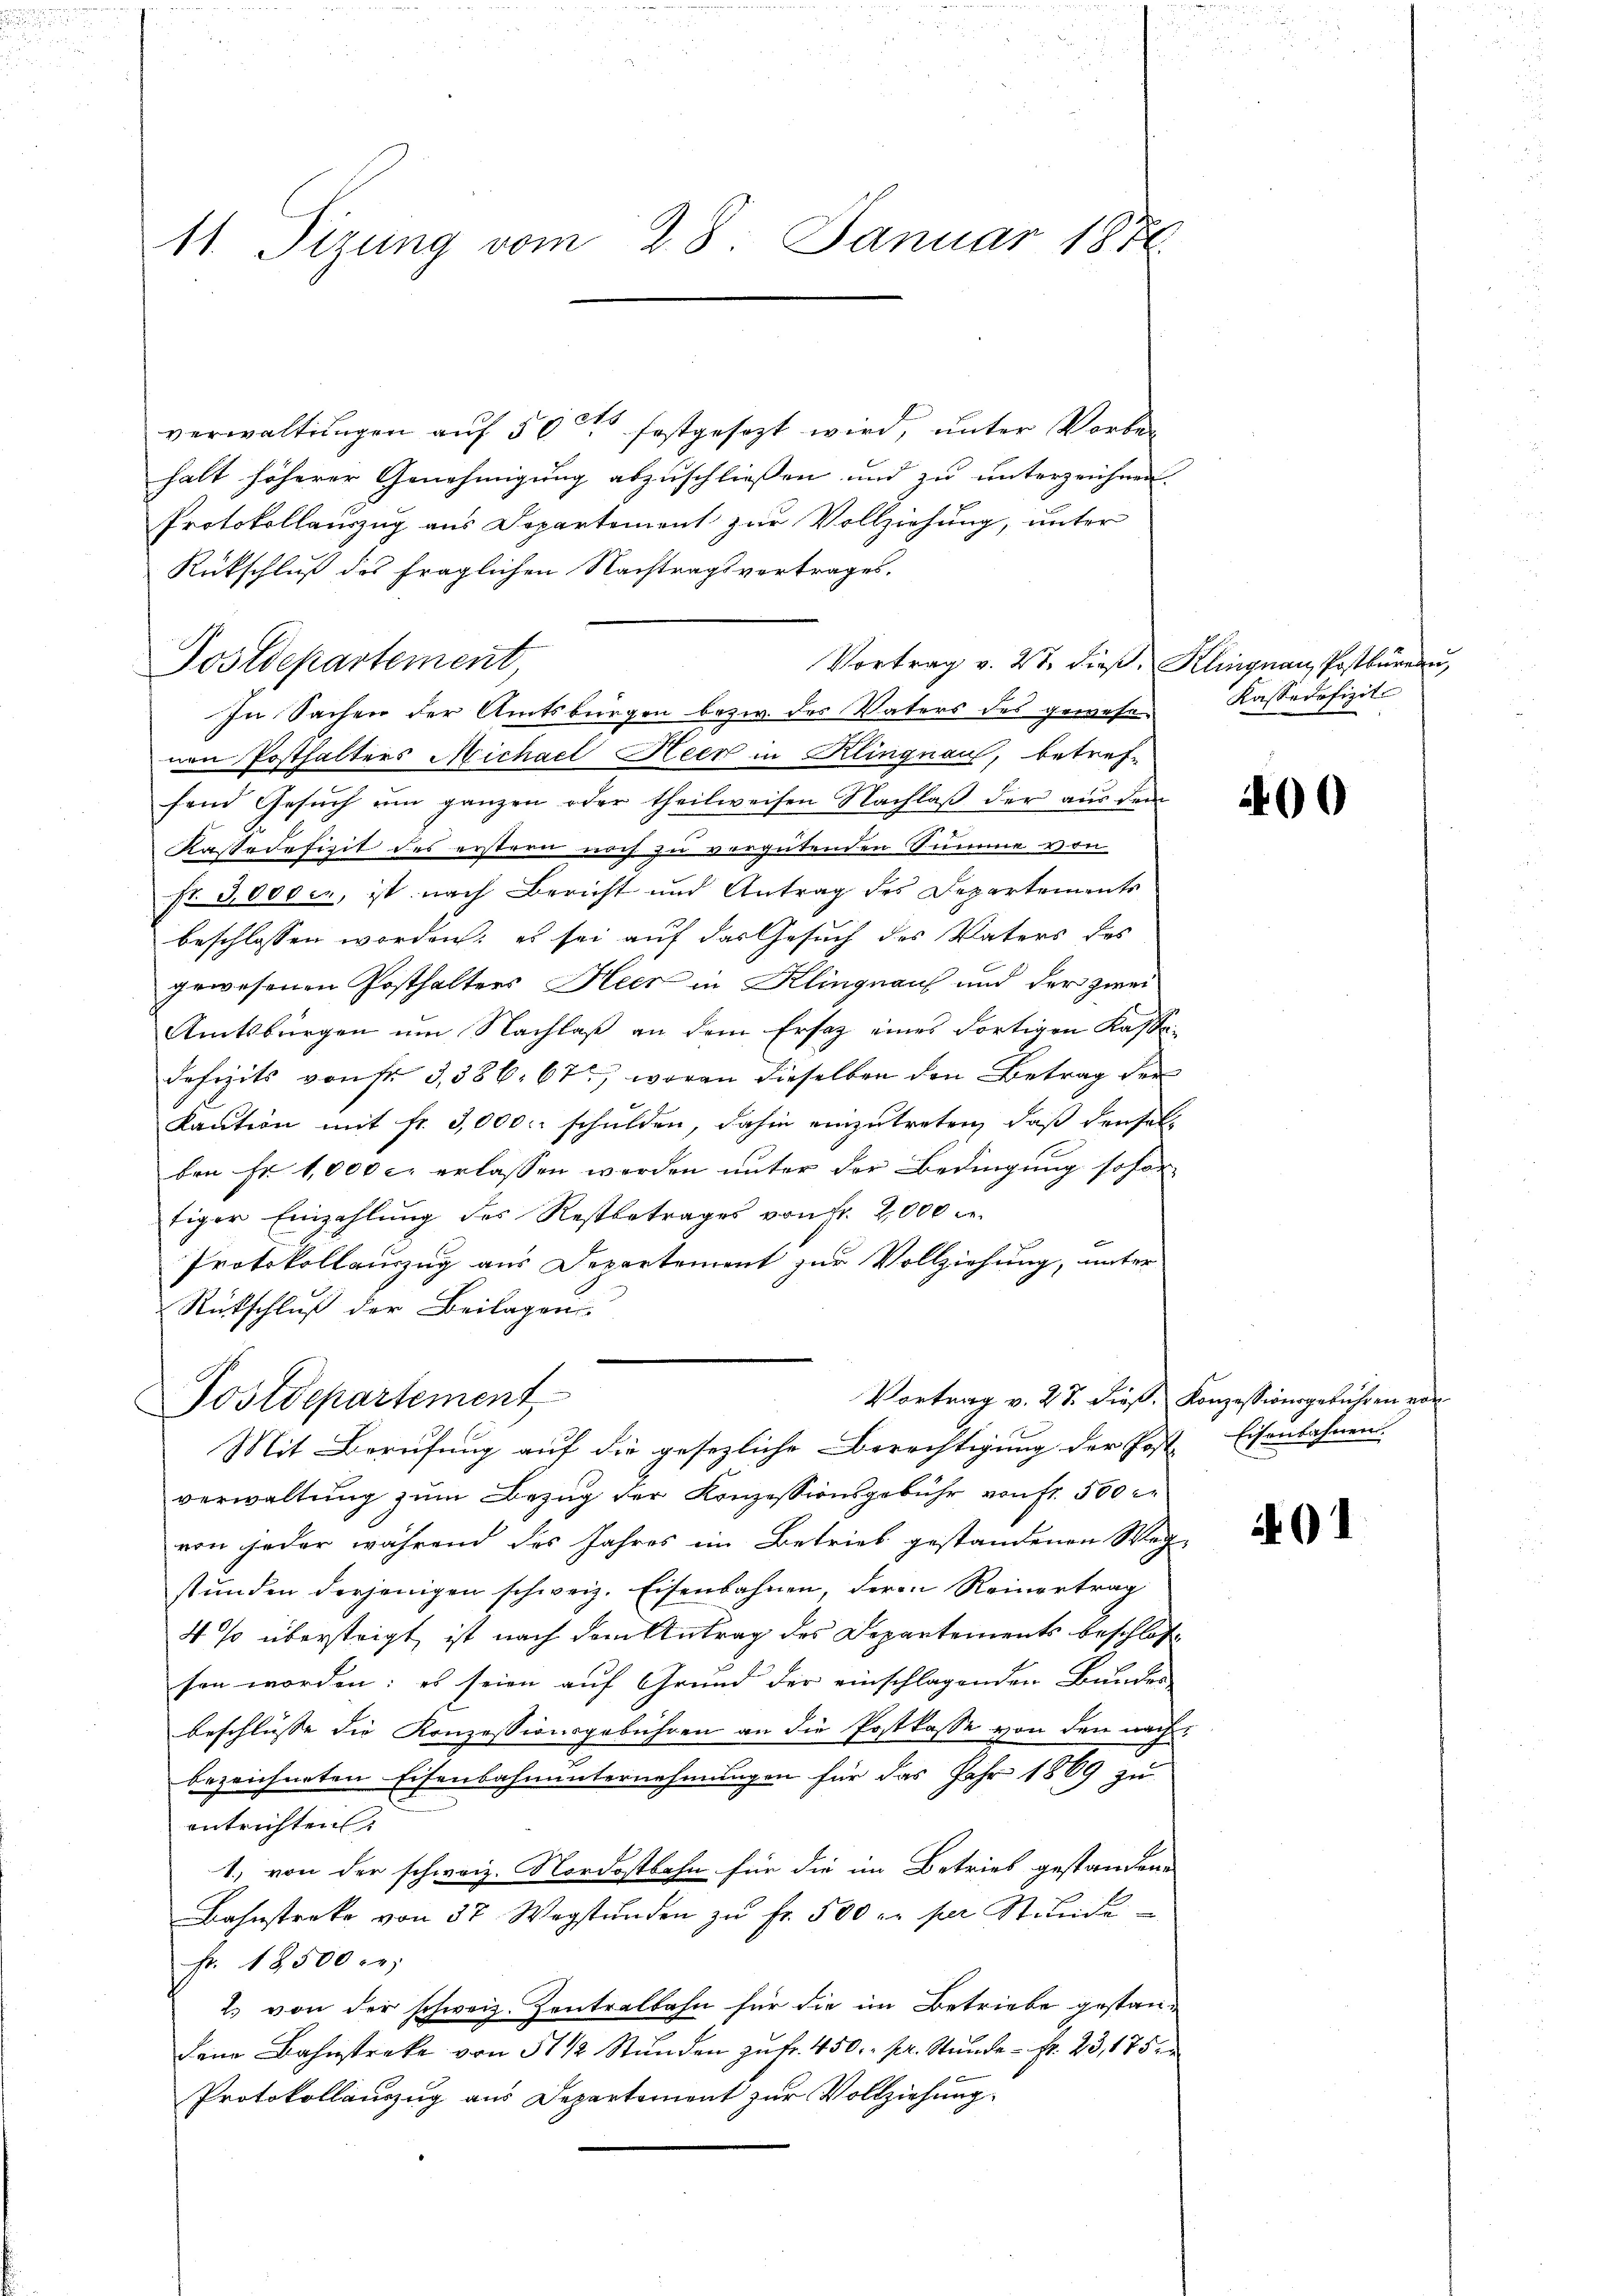
11. Sizung vom 28. Januar 1876

verwaltungen auf 500 festgesezt wird, unter Vorbehalt höherer Genehmigung abzuschließen und zu unterzeichnen.
Protokollauszug aus Departement zur Vollziehung, unter
Rückschluß des fraglichen Nachtragsvertrages,
Vortrag v. 27. dieß, Klingnau, Postbüreau,
Postdepartement,
In Sachen der Amtsbürgen bezw. des Vaters des gewesenen Posthalters Michael Heer in Klingnau, betref-
fend Gesŭch ŭm ganzen oder theilweisen Nachlaβ der aus dem
Kassadefizit des erstern noch zu vergütenden Summe von
fr. 3000 er, ist nach Bericht und Antrag des Departements
beschlossen worden; es sei auf das Gesuch des Vaters des
gewesenen Posthalters Heer in Klingnau und der zwei
Amtsbürgen um Nachlaß an dem Ersatz eines Fortigen Kasse-
defizits von sr 3,386. 67, woran dieselben den Betrag der
kaution mit fr. 3,000 schulden, dahin einzutreten, daß denselben Fr. 1,000 c. erlassen werden unter der Bedingung sofortiger Einzahlŭng des Restbetrages von fr. 2,000
Protokollauszug aus Departement zur Vollziehung, unter
Rückschluß der Beilagen
Vortrag v. 27. dieß. Konzessionsgebühren von
Postdepartement
Mit Berufung auf die gesezliche Berechtigung der Post. Eisenbahnen
verwaltung zum Bezug der Konzessionsgebühr von fr. 500 r
von jeder während des Jahres im Betrieb gestandenen Weg-
stunden derjenigen schweiz. Eisenbahnen, deren Reinertrag
4% übersteigt ist nach dem Antrag des Departements beschlossen worden: es seien auf Grund der einschlagenden Bundes-
beschlüsse die Konzessionsgebühren an die Postkasse von den nachbezeichneten Eisenbahnunternehmungen für das Jahr 1869 zu
entrichten
1., von der schweiz. Nordostbahn für die im Betrieb gestandene
Bahnstreke von 37 Wegstŭnden zŭ fr. 500 r. per Stŭnde
Fr. 18500.
2. von der schweiz. Zentralbahn für die im Betriebe gestan¬
Lana Bahnstreke von 51 1/2 Stŭnden zŭ fr. 450. pr. Stunde - fr. 23, 1752
Protokollauszug aus Departement zur Vollziehung

Kassadofizit

400

91